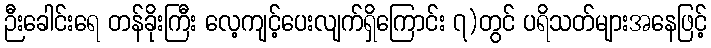
ဉီးခေါင်းရေ တန်ခိုးကြီး လေ့ကျင့်ပေးလျက်ရှိကြောင်း ၇)တွင် ပရိသတ်များအနေဖြင့်